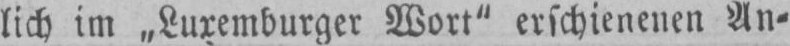
lich im „Luxemburger Wort“ erschienenen An⸗